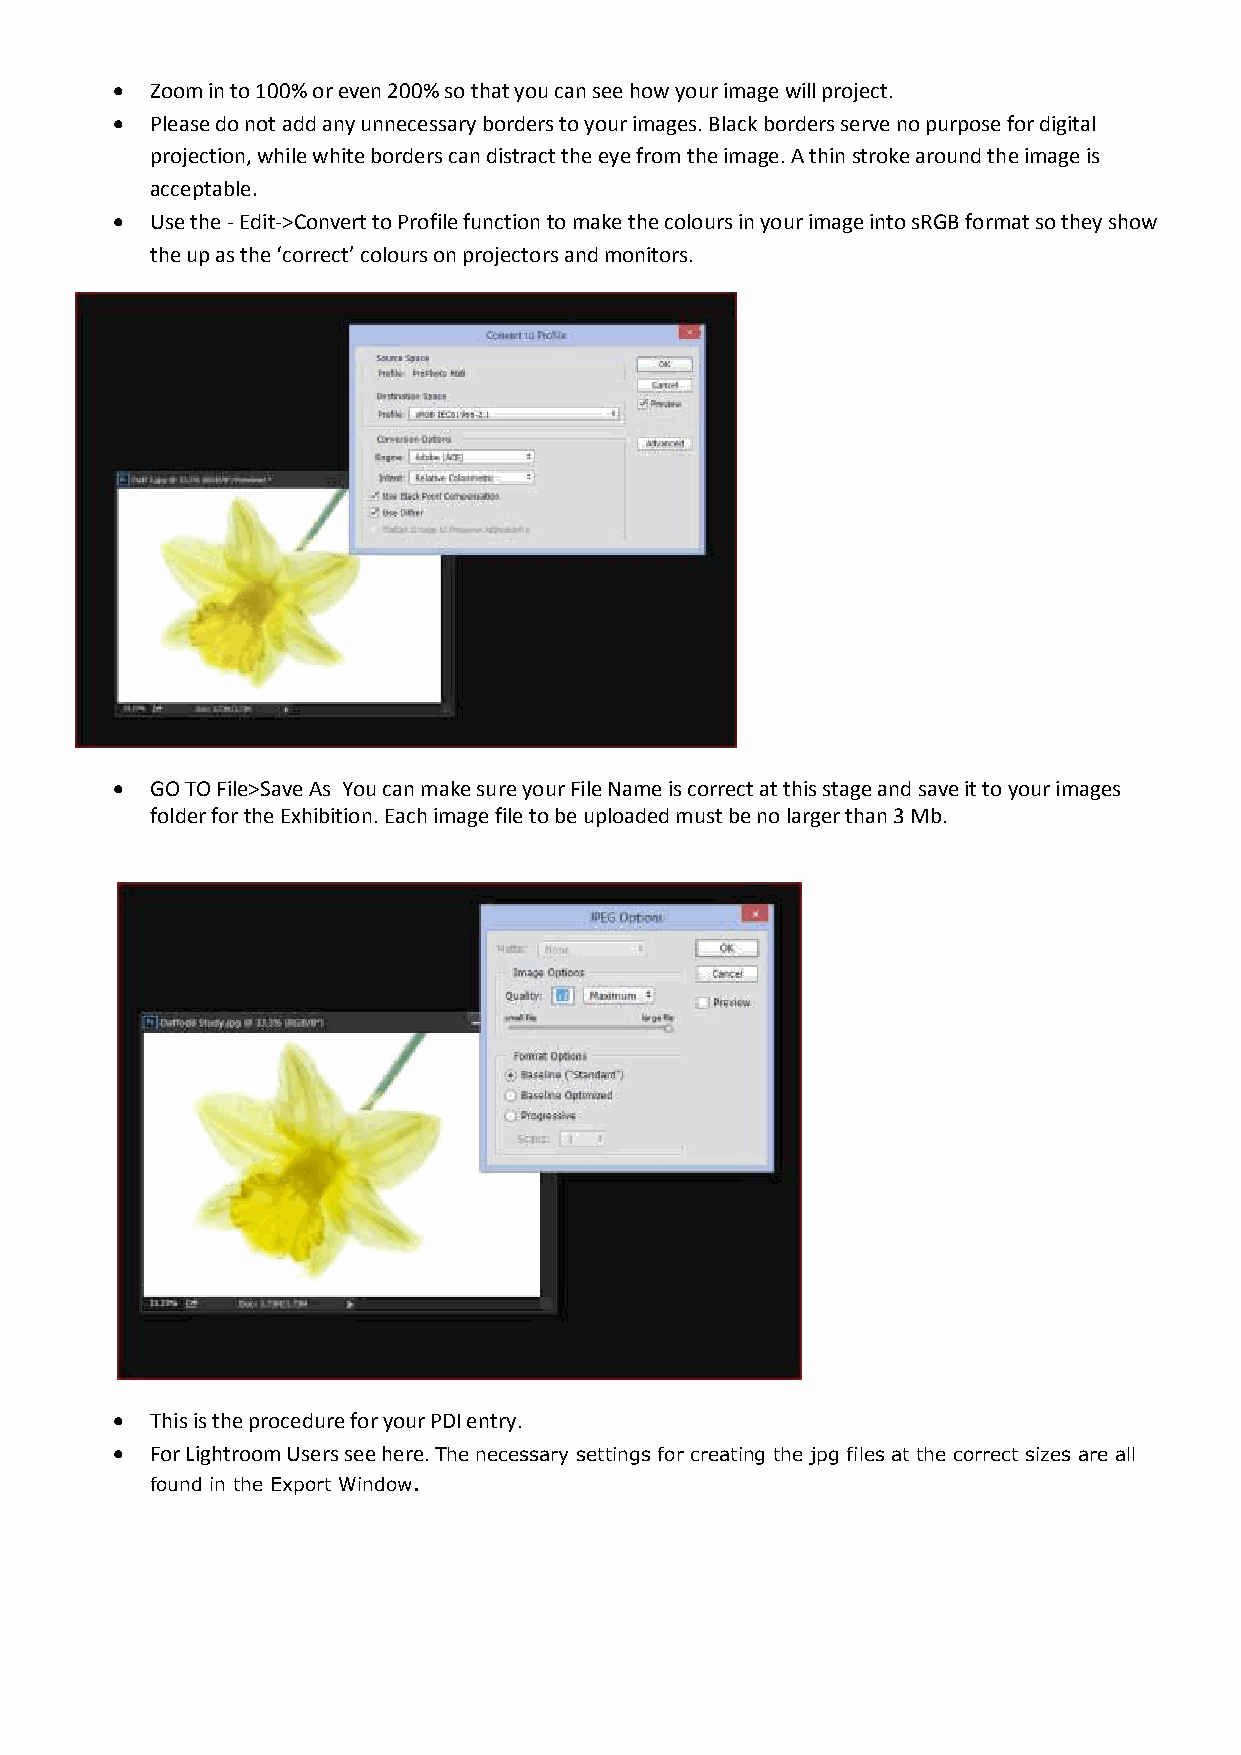
  Zoom in to 100% or even 200% so that you can see how your image will project.
   Please do not add any unnecessary borders to your images. Black borders serve no purpose for digital
 projection, while white borders can distract the eye from the image. A thin stroke around the image is
 acceptable.
   Use the - Edit->Convert to Profile function to make the colours in your image into sRGB format so they show
 the up as the ‘correct’ colours on projectors and monitors.
   GO TO File>Save As You can make sure your File Name is correct at this stage and save it to your images
 folder for the Exhibition. Each image file to be uploaded must be no larger than 3 Mb.
   This is the procedure for your PDI entry.
   For Lightroom Users see here. The necessary settings for creating the jpg files at the correct sizes are all
 found in the Export Window.